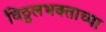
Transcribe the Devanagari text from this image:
विठ्ठलभक्ताच्या